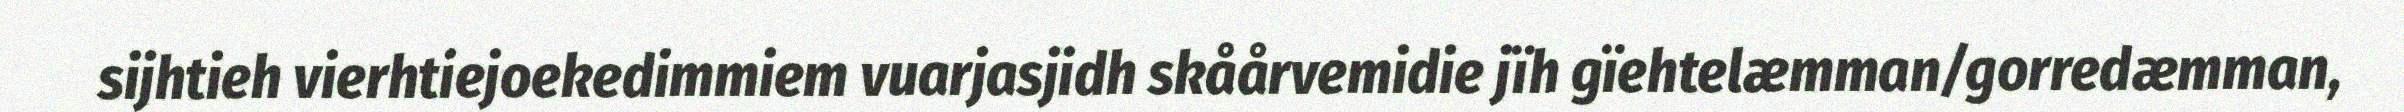
sijhtieh vierhtiejoekedimmiem vuarjasjidh skåårvemidie jïh gïehtelæmman/gorredæmman,